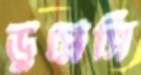
ডুপ্লেসি